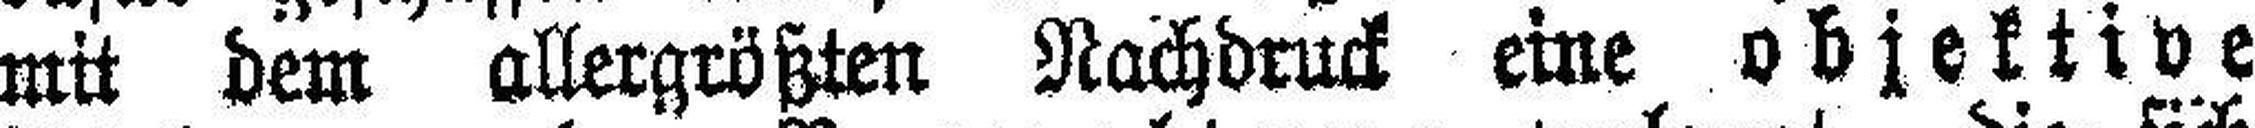
mit dem allergrößten Nachdruck eine objektive